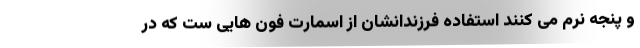
و پنجه نرم می کنند استفاده فرزندانشان از اسمارت فون هایی ست که در